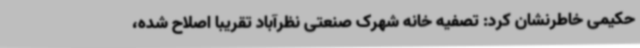
حکیمی خاطرنشان کرد: تصفیه خانه شهرک صنعتی نظرآباد تقریباً اصلاح شده،